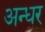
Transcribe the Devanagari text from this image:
अन्धर